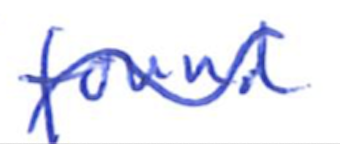
Text: found
Cross-out: wave
Writing tool: ballpoint